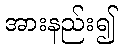
အားနည်း၍